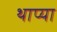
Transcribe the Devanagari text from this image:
थाप्या